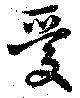
愛